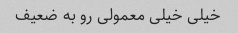
خیلی خیلی معمولی رو به ضعیف